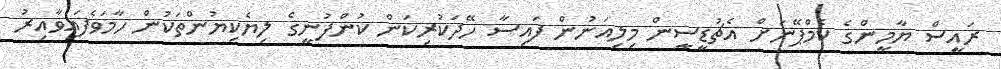
ރައީސް ޔާމީންގެ ކެމްޕޭނަށް އެޗުޑީސީން މިލިއަނުން ފައިސާ ހޭދަކުރިކަން ކުންފުނީގެ ލިޔެކިޔުންތަކުން ހާމަވެފައިވާއިރު